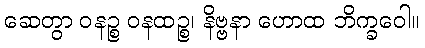
ဆေတွာ ဝနဉ္စ ဝနထဉ္စ၊ နိဗ္ဗနာ ဟောထ ဘိက္ခဝေါ။